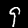
Digit: 9